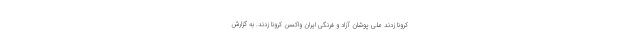
کرونا زدند ملی پوشان آزاد و فرنگی ایران واکسن کرونا زدند. به گزارش